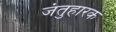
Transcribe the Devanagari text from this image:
जंतुहारक